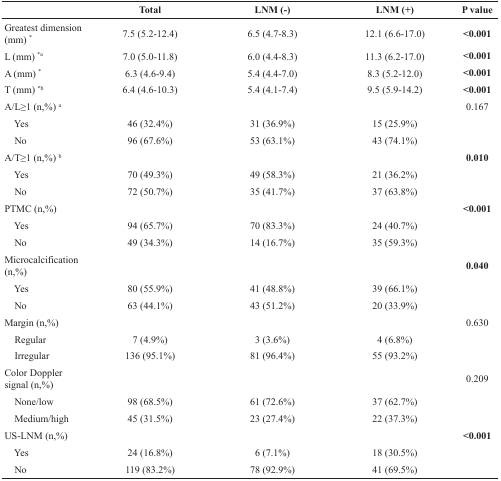
<table><thead><tr><td></td><td><b>Total</b></td><td><b>LNM (-)</b></td><td><b>LNM (+)</b></td><td><b>P value</b></td></tr></thead><tbody><tr><td>Greatest dimension (mm) <sup>*</sup></td><td>7.5 (5.2-12.4)</td><td>6.5 (4.7-8.3)</td><td>12.1 (6.6-17.0)</td><td><b>&lt;0.001</b></td></tr><tr><td>L (mm) <sup>*a</sup></td><td>7.0 (5.0-11.8)</td><td>6.0 (4.4-8.3)</td><td>11.3 (6.2-17.0)</td><td><b>&lt;0.001</b></td></tr><tr><td>A (mm) <sup>*</sup></td><td>6.3 (4.6-9.4)</td><td>5.4 (4.4-7.0)</td><td>8.3 (5.2-12.0)</td><td><b>&lt;0.001</b></td></tr><tr><td>T (mm) <sup>*b</sup></td><td>6.4 (4.6-10.3)</td><td>5.4 (4.1-7.4)</td><td>9.5 (5.9-14.2)</td><td><b>&lt;0.001</b></td></tr><tr><td>A/L≥1 (n,%) <sup>a</sup></td><td></td><td></td><td></td><td>0.167</td></tr><tr><td> Yes</td><td>46 (32.4%)</td><td>31 (36.9%)</td><td>15 (25.9%)</td><td></td></tr><tr><td> No</td><td>96 (67.6%)</td><td>53 (63.1%)</td><td>43 (74.1%)</td><td></td></tr><tr><td>A/T≥1 (n,%) <sup>b</sup></td><td></td><td></td><td></td><td><b>0.010</b></td></tr><tr><td> Yes</td><td>70 (49.3%)</td><td>49 (58.3%)</td><td>21 (36.2%)</td><td></td></tr><tr><td> No</td><td>72 (50.7%)</td><td>35 (41.7%)</td><td>37 (63.8%)</td><td></td></tr><tr><td>PTMC (n,%)</td><td></td><td></td><td></td><td><b>&lt;0.001</b></td></tr><tr><td> Yes</td><td>94 (65.7%)</td><td>70 (83.3%)</td><td>24 (40.7%)</td><td></td></tr><tr><td> No</td><td>49 (34.3%)</td><td>14 (16.7%)</td><td>35 (59.3%)</td><td></td></tr><tr><td>Microcalcification (n,%)</td><td></td><td></td><td></td><td><b>0.040</b></td></tr><tr><td> Yes</td><td>80 (55.9%)</td><td>41 (48.8%)</td><td>39 (66.1%)</td><td></td></tr><tr><td> No</td><td>63 (44.1%)</td><td>43 (51.2%)</td><td>20 (33.9%)</td><td></td></tr><tr><td>Margin (n,%)</td><td></td><td></td><td></td><td>0.630</td></tr><tr><td> Regular</td><td>7 (4.9%)</td><td>3 (3.6%)</td><td>4 (6.8%)</td><td></td></tr><tr><td> Irregular</td><td>136 (95.1%)</td><td>81 (96.4%)</td><td>55 (93.2%)</td><td></td></tr><tr><td>Color Doppler signal (n,%)</td><td></td><td></td><td></td><td>0.209</td></tr><tr><td> None/low</td><td>98 (68.5%)</td><td>61 (72.6%)</td><td>37 (62.7%)</td><td></td></tr><tr><td> Medium/high</td><td>45 (31.5%)</td><td>23 (27.4%)</td><td>22 (37.3%)</td><td></td></tr><tr><td>US-LNM (n,%)</td><td></td><td></td><td></td><td><b>&lt;0.001</b></td></tr><tr><td> Yes</td><td>24 (16.8%)</td><td>6 (7.1%)</td><td>18 (30.5%)</td><td></td></tr><tr><td> No</td><td>119 (83.2%)</td><td>78 (92.9%)</td><td>41 (69.5%)</td><td></td></tr></tbody></table>